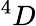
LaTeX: ^4D